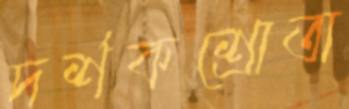
দর্শকশ্রোতা